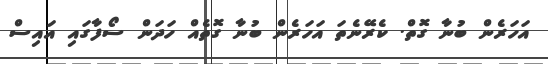
އަަހަރެން ބުނާ ގޮތް. ކެރޭނެތަ އަހަރެން ބުނާ ގޮތެއް ހަދަން ސޯފާގައި އައިސް